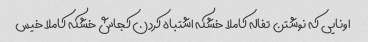
اونایی که نوشتن  تفاله کاملا خشکه اشتباه کردن کجاش خشکه کاملا خیس